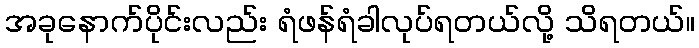
အခုနောက်ပိုင်းလည်း ရံဖန်ရံခါလုပ်ရတယ်လို့ သိရတယ်။